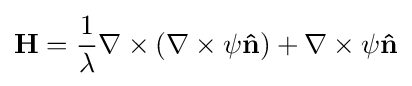
\mathbf {H} ={\frac {1}{\lambda }}\nabla \times (\nabla \times \psi \mathbf {\hat {n}} )+\nabla \times \psi \mathbf {\hat {n}}